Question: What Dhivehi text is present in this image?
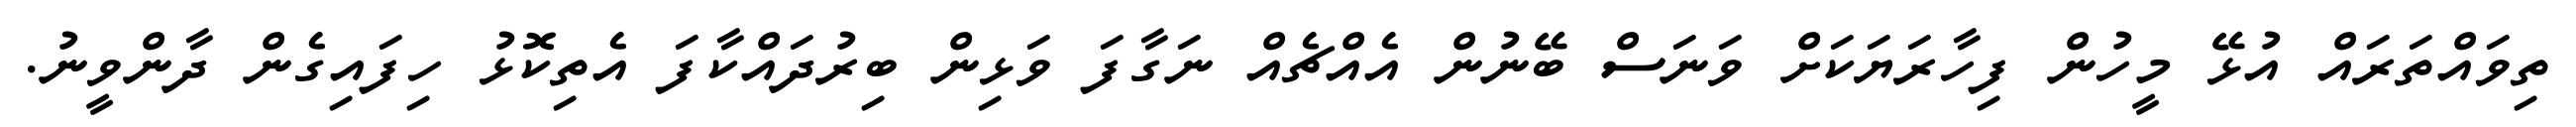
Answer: ތިވައްތަރައް އުޅޭ މީހުން ފިހާރަޔަކަށް ވަނަސް ބޭނުން އެއްޗެއް ނަގާފަ ވަޅިން ބިރުދައްކާފަ އެތިކޮޅު ހިފައިގެން ދާންވީނު.